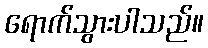
ရောက်သွားပါသည်။